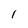
Character: I